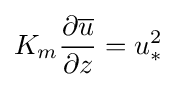
K_{m}{\frac {\partial {\overline {u}}}{\partial z}}=u_{*}^{2}